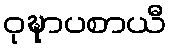
ဝုဍ္ဎာပစာယီ